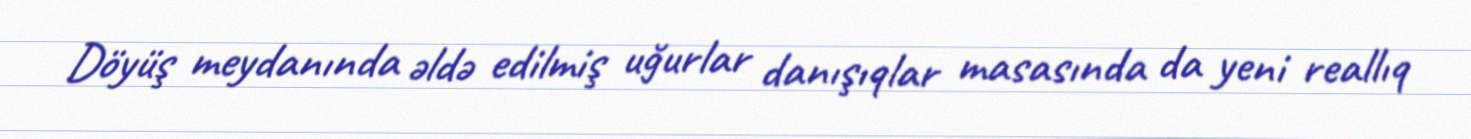
Döyüş meydanında əldə edilmiş uğurlar danışıqlar masasında da yeni reallıq